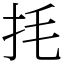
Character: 㧌